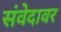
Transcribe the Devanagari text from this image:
संवेदावर